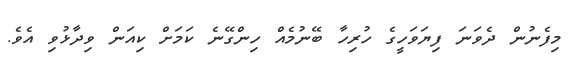
މިފެނުން ދެވަނަ ފިޔަވަހީގެ ހުރިހާ ބޭނުމެއް ހިންގޭނެ ކަމަށް ކިއަން ވިދާޅުވި އެވެ.